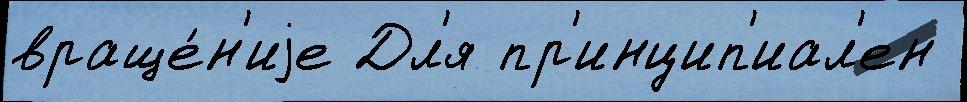
враще́н'иjе Дл'я пр'инцип'иал'ен